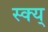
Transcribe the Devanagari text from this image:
स्क्य्